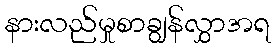
နားလည်မှုစာချွန်လွှာအရ